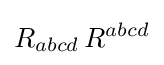
R_{abcd}\,R^{abcd}